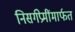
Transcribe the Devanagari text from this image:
निसर्गप्रेमींमार्फत